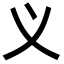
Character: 义